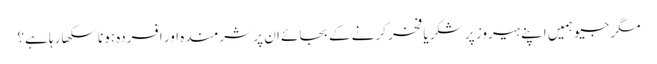
مگر جیو ہمیں اپنے ہیروز پر شکر یا فخر کرنے کے بجائے ان پر شرمندہ اور افسردہ ہونا سکھا رہا ہے؟